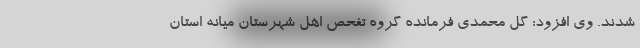
شدند. وی افزود: گل محمدی فرمانده گروه تفحص اهل شهرستان میانه استان